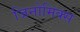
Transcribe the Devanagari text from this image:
जिनोमिक्स